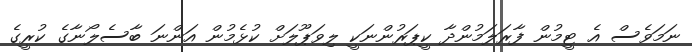
ނަމަވެސް އެ ޓީމުން ފާރަލަމުންދާ ކީޕަރުންނަކީ ލިވަޕޫލަށް ކުޅެމުން އަންނަ ބާސެލޯނާގެ ކުރީގެ